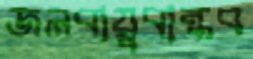
জলবায়ুবান্ধব